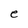
Character: e